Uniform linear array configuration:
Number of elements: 4
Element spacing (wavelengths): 0.75
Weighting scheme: uniform
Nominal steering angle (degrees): -45
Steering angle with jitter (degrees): -45.072
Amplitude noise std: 0.05
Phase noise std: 0.05

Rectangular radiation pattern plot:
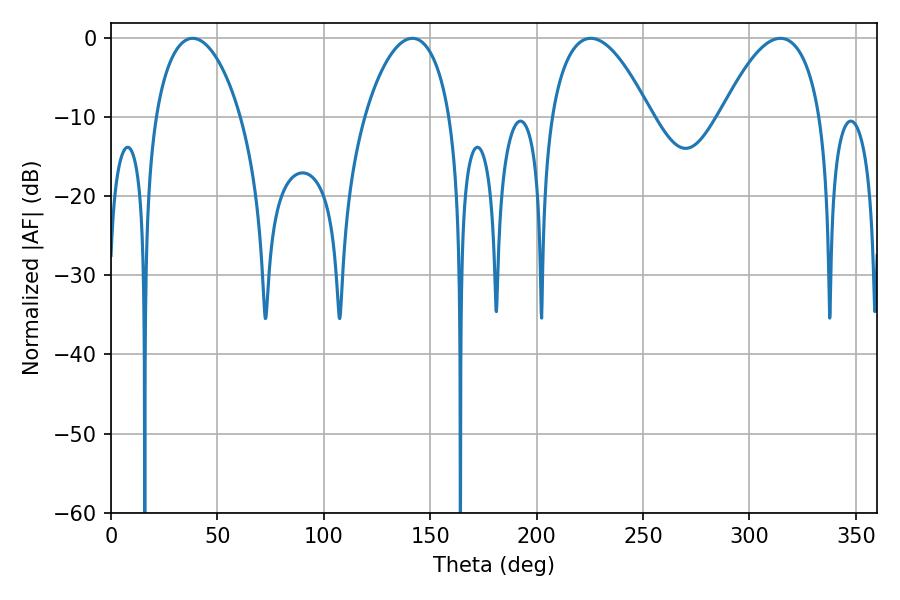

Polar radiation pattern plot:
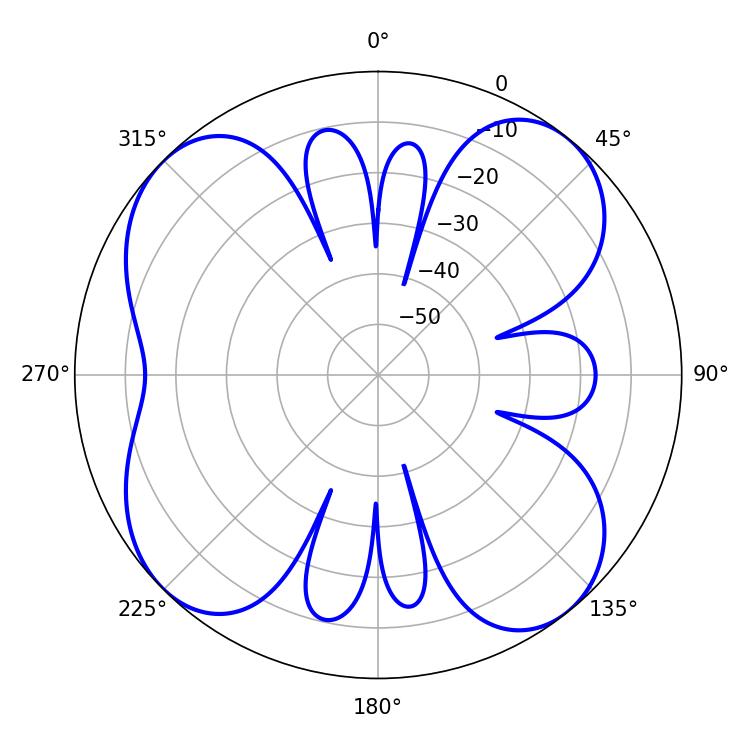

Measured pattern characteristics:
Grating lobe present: TRUE
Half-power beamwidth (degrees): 22.68
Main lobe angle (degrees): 38.34